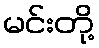
မင်းတို့